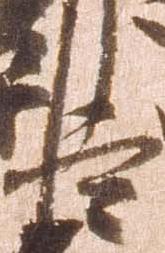
臣